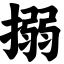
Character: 搦